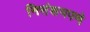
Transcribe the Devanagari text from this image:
निसंशयपणे